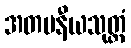
အတပနီယသုတ္တံ